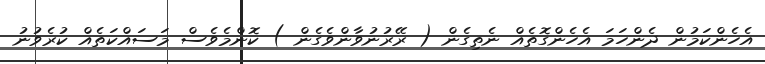
އެހެންކަމުން ދެންހަމަ އެހެންގޮތެއް ނެތިގެން ( ރޭރުނުވާންވެގެން ) ކޮންމެވެސް މަސައްކަތެއް ކުރެވުނު